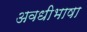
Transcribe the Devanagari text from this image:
अवधीभाषा